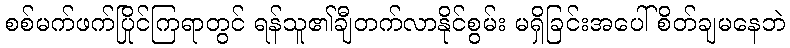
စစ်မက်ဖက်ပြိုင်ကြရာတွင် ရန်သူ၏ချီတက်လာနိုင်စွမ်း မရှိခြင်းအပေါ် စိတ်ချမနေဘဲ